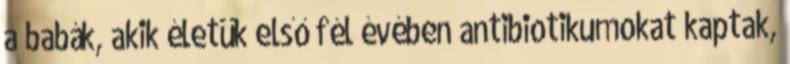
a babák, akik életük első fél évében antibiotikumokat kaptak,